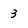
Character: 3